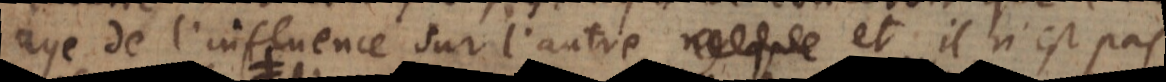
aye de l’influence sur l’autre, et il n’est pas